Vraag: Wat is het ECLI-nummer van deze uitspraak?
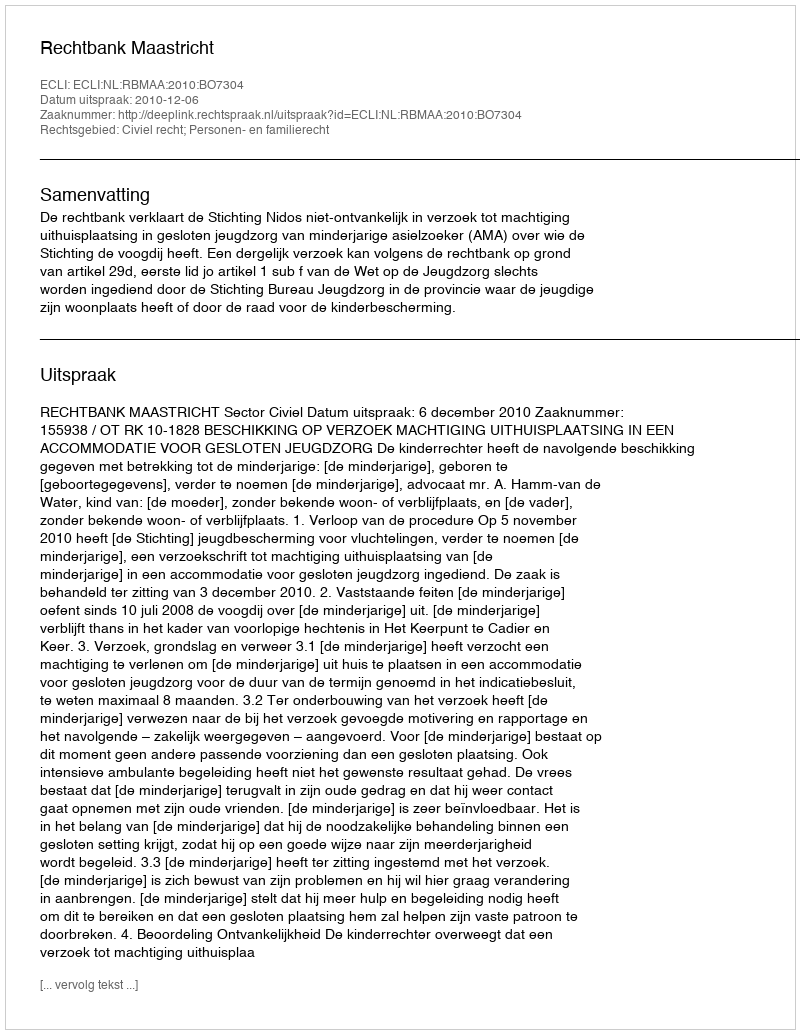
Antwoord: ECLI:NL:RBMAA:2010:BO7304